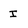
Character: I